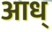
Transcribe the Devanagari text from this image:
आध्